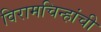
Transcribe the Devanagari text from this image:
विरामचिन्हांची